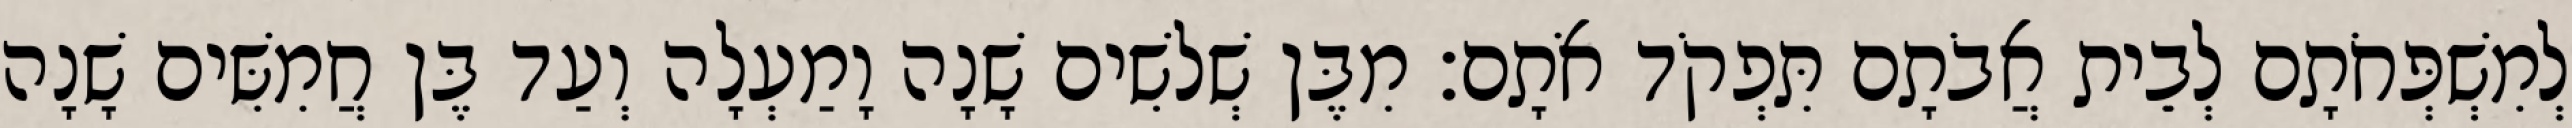
לְמִשְׁפְּחֹתָם לְבֵית אֲבֹתָם תִּפְקֹד אֹתָם׃ מִבֶּן שְׁלשִׁים שָׁנָה וָמַעְלָה וְעַד בֶּן חֲמִשִּׁים שָׁנָה